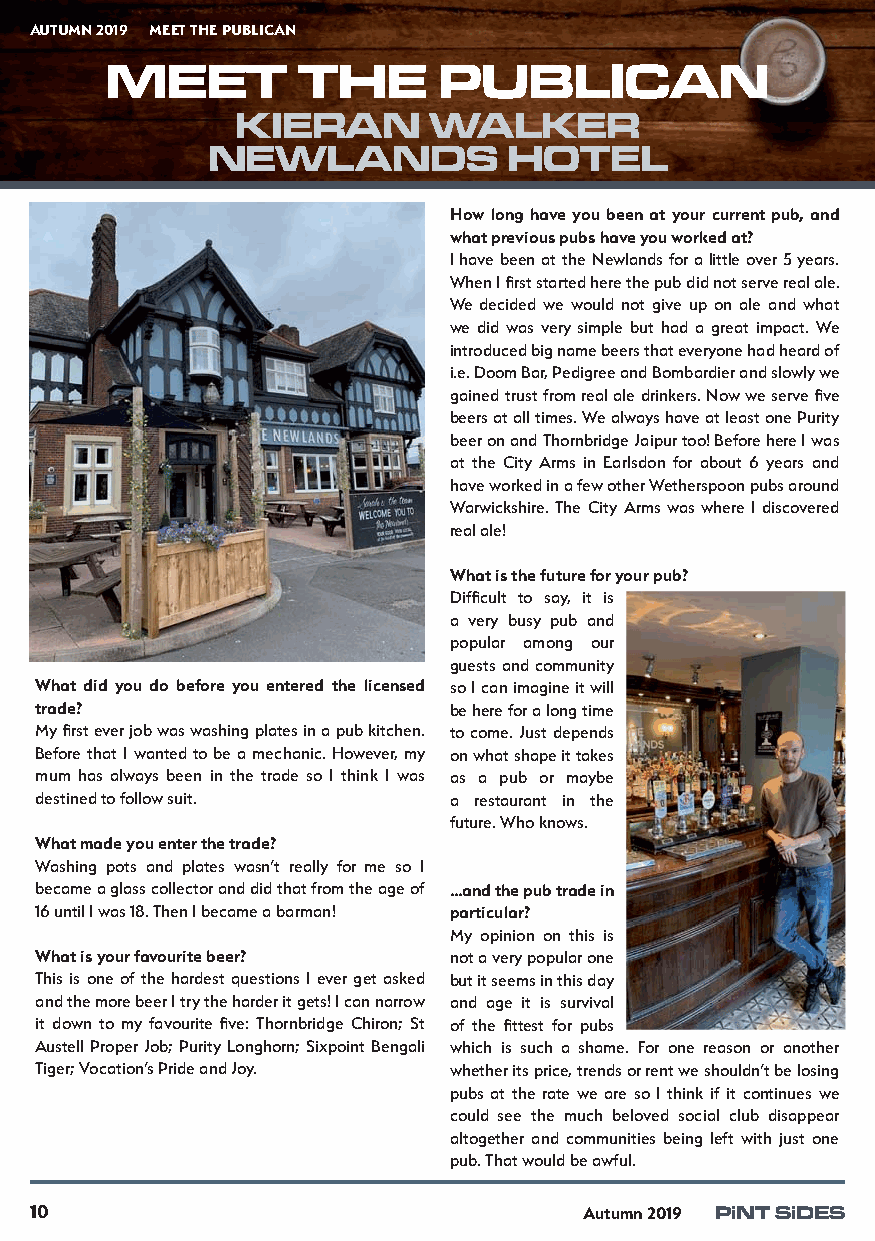
AUTUMN 2019 MEET THE PUBLICAN
 MEET         THE      PUBLICAN
 KIERAN      WALKER
 NEWLANDS            HOTEL
 How long have you been at your current pub, and
 what previous pubs have you worked at?
 I have been at the Newlands for a little over 5 years.
 When I first started here the pub did not serve real ale.
 We decided we would not give up on ale and what
 we did was very simple but had a great impact. We
 introduced big name beers that everyone had heard of
 i.e. Doom Bar, Pedigree and Bombardier and slowly we
 gained trust from real ale drinkers. Now we serve five
 beers at all times. We always have at least one Purity
 beer on and Thornbridge Jaipur too! Before here I was
 at the City Arms in Earlsdon for about 6 years and
 have worked in a few other Wetherspoon pubs around
 Warwickshire. The City Arms was where I discovered
 real ale!
 What is the future for your pub?
 Difficult to say, it is
 a very busy pub and
 popular among our
 guests and community
 What did you do before you entered the licensed so I can imagine it will
 trade?                      be here for a long time
 My first ever job was washing plates in a pub kitchen. to come. Just depends
 Before that I wanted to be a mechanic. However, my on what shape it takes
 mum has always been in the trade so I think I was as a pub or maybe
 destined to follow suit.    a restaurant in the
 future. Who knows.
 What made you enter the trade?
 Washing pots and plates wasn’t really for me so I
 became a glass collector and did that from the age of ...and the pub trade in
 16 until I was 18. Then I became a barman! particular?
 My opinion on this is
 What is your favourite beer? not a very popular one
 This is one of the hardest questions I ever get asked but it seems in this day
 and the more beer I try the harder it gets! I can narrow and age it is survival
 it down to my favourite five: Thornbridge Chiron; St of the fittest for pubs
 Austell Proper Job; Purity Longhorn; Sixpoint Bengali which is such a shame. For one reason or another
 Tiger; Vocation’s Pride and Joy. whether its price, trends or rent we shouldn’t be losing
 pubs at the rate we are so I think if it continues we
 could see the much beloved social club disappear
 altogether and communities being left with just one
 pub. That would be awful.
 10                                   Autumn 2019 PiNT SiDES